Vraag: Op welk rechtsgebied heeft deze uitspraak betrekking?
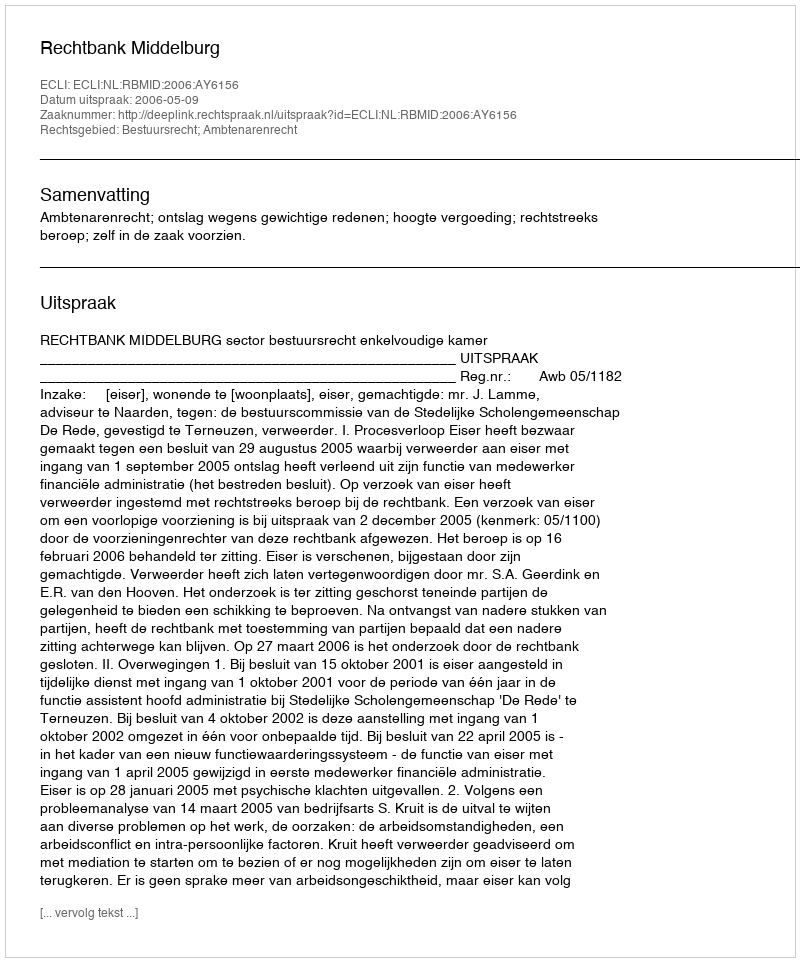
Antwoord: Bestuursrecht; Ambtenarenrecht